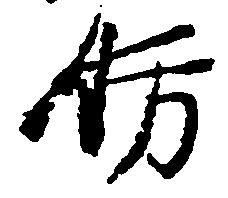
妨